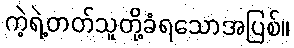
ကဲ့ရဲ့တတ်သူတို့ခံရသောအပြစ်။